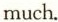
much.